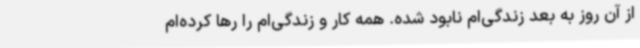
از آن روز به بعد زندگی‌ام نابود شده. همه کار و زندگی‌ام را رها کرده‌ام